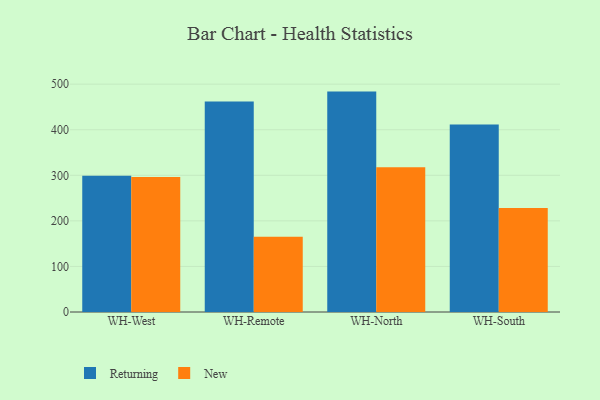
{"axis": {"x": "Warehouse", "y": "LTV (USD)"}, "legend": ["New", "Returning"], "data": [{"x": "WH-West", "y": 298.9, "type": "Returning"}, {"x": "WH-West", "y": 296.5, "type": "New"}, {"x": "WH-Remote", "y": 462.0, "type": "Returning"}, {"x": "WH-Remote", "y": 165.0, "type": "New"}, {"x": "WH-North", "y": 483.7, "type": "Returning"}, {"x": "WH-North", "y": 317.5, "type": "New"}, {"x": "WH-South", "y": 411.4, "type": "Returning"}, {"x": "WH-South", "y": 228.5, "type": "New"}]}